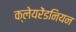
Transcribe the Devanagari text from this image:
क्लेयरेंडनियन